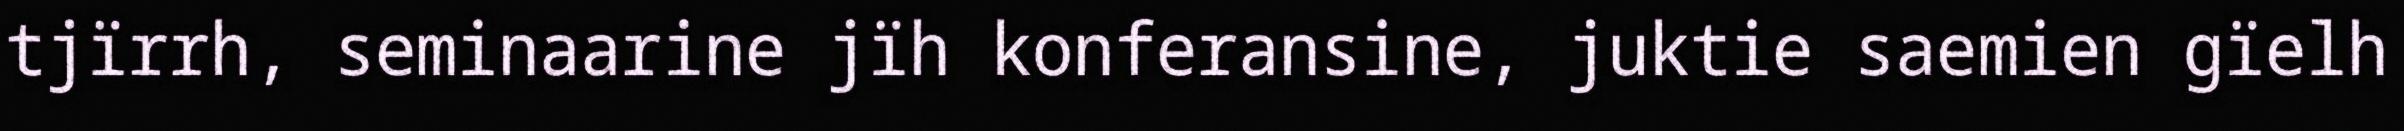
tjïrrh, seminaarine jïh konferansine, juktie saemien gïelh